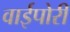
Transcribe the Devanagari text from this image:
वाईपोरी